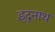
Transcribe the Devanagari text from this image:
इंद्रनाथ